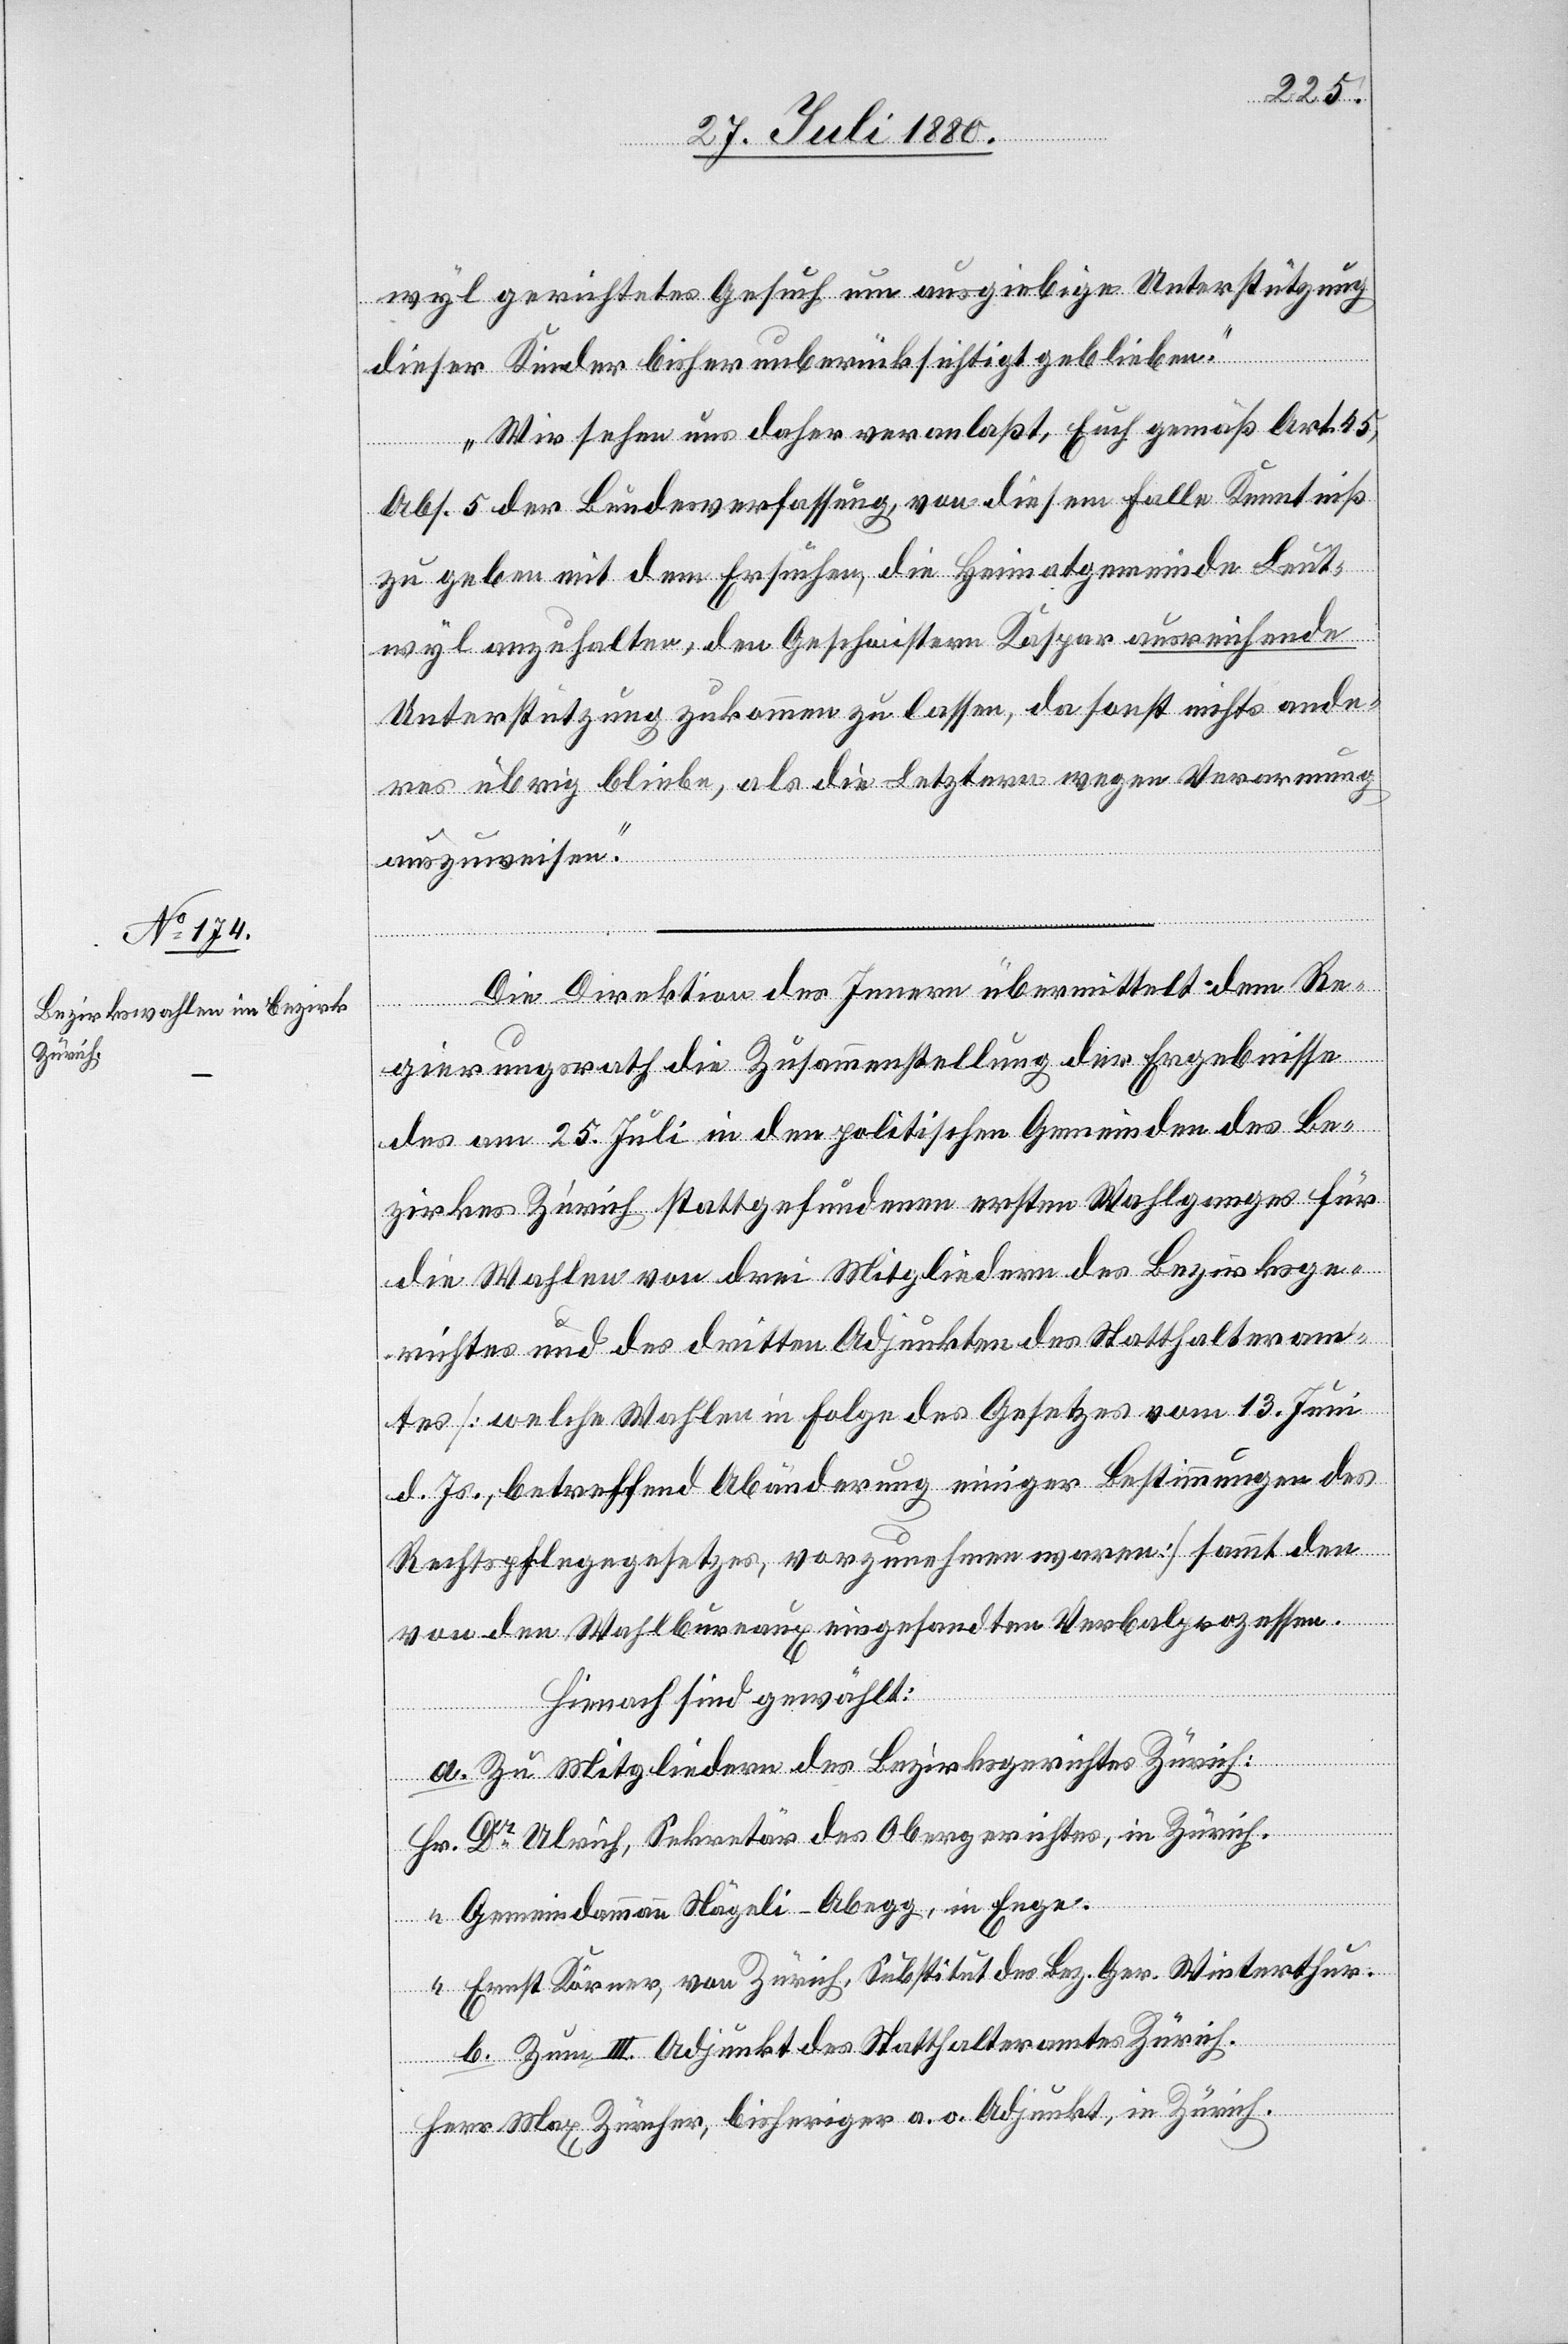
wyl gerichtetes Gesuch um ausgiebige Unterstützung
dieser Kinder bisher unberücksichtigt geblieben.
Wir sehen uns daher veranlaßt, Euch gemäß Art. 45,
Abs. 5 der Bundesverfassung, von diesem Falle Kenntniß
zu geben mit dem Ersuchen, die Heimatgemeinde Leut¬
wyl anzuhalten, den Geschwistern Kaspar ausreichende
Unterstützung zukommen zu lassen, da sonst nichts ande¬
res übrig bliebe, als die Letztern wegen Verarmung
auszuweisen.“
Die Direktion des Innern übermittelt dem Re¬
gierungsrath die Zusammenstellung der Ergebnisse
des am 25. Juli in den politischen Gemeinden des Be¬
zirkes Zürich stattgefundenen ersten Wahlganges für
die Wahlen von drei Mitgliedern des Bezirksge¬
richtes und des dritten Adjunkten des Statthalteram¬
tes [welche Wahlen in Folge des Gesetzes vom 13. Juni
d. Js., betreffend Abänderung einiger Bestimmungen des
Rechtspflegegesetzes, vorzunehmen waren] sammt den
von den Wahlbureaux eingesandten Verbalprozessen.
Hienach sind gewählt:
a. Zu Mitgliedern des Bezirksgerichtes Zürich:
Hr. Dr Ulrich, Sekretär des Obergerichtes, in Zürich.
“ Gemeindeammann Nägeli-Abegg, in Enge.
“ Ernst Körner, von Zürich, Substitut des Bez. Ger. Winterthur.
b. Zum III. Adjunkt des Statthalteramtes Zürich.
Herr Max Züricher, bisheriger a. o. Adjunkt, in Zürich.